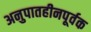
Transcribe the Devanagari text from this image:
अनुपातहीनपूर्वक